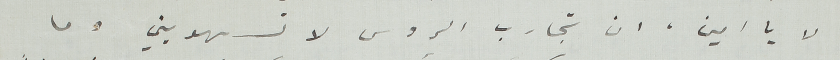
لا يا امين ان تجارب الروس لا تسهويني وما